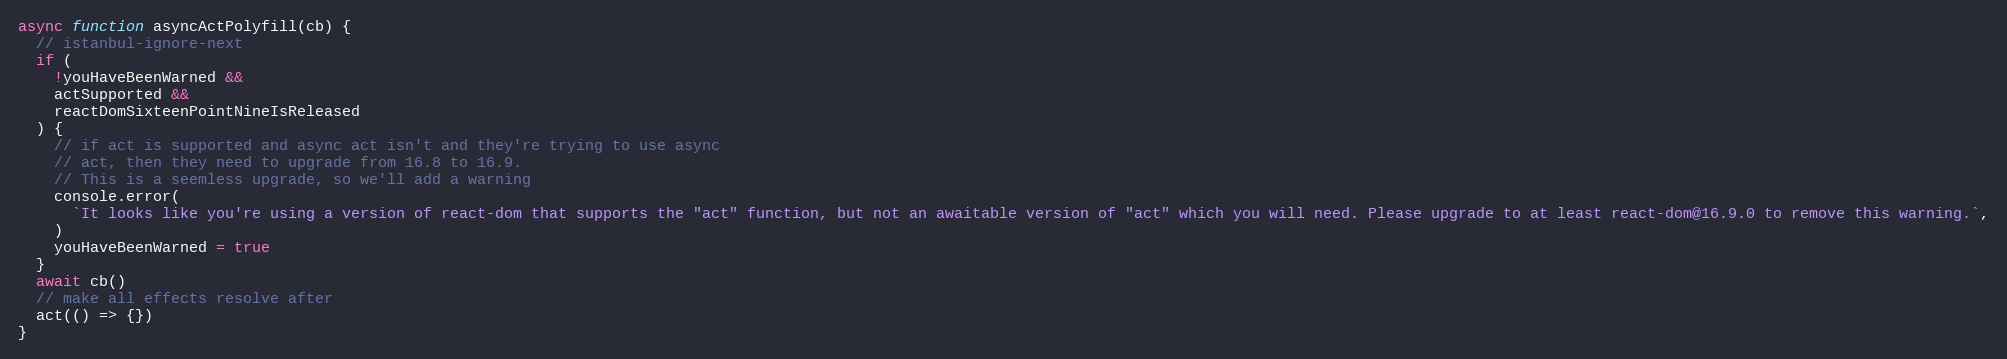
Language: JavaScript
async function asyncActPolyfill(cb) {
  // istanbul-ignore-next
  if (
    !youHaveBeenWarned &&
    actSupported &&
    reactDomSixteenPointNineIsReleased
  ) {
    // if act is supported and async act isn't and they're trying to use async
    // act, then they need to upgrade from 16.8 to 16.9.
    // This is a seemless upgrade, so we'll add a warning
    console.error(
      `It looks like you're using a version of react-dom that supports the "act" function, but not an awaitable version of "act" which you will need. Please upgrade to at least react-dom@16.9.0 to remove this warning.`,
    )
    youHaveBeenWarned = true
  }
  await cb()
  // make all effects resolve after
  act(() => {})
}